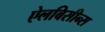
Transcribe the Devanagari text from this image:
ऐलबिसीन्स